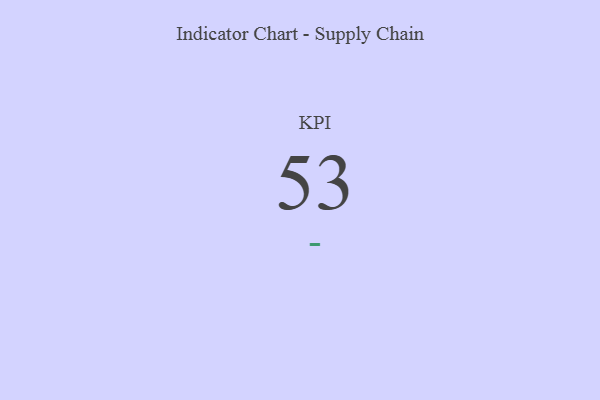
{"axis": {"x": "KPI", "y": "Value"}, "legend": [""], "data": [{"x": "KPI", "y": 53, "type": ""}]}